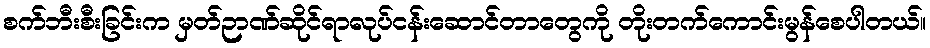
စက်ဘီးစီးခြင်းက မှတ်ဉာဏ်ဆိုင်ရာလုပ်ငန်းဆောင်တာတွေကို တိုးတက်ကောင်းမွန်စေပါတယ်။